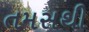
તમસથી